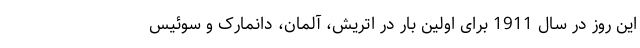
این روز در سال 1911 برای اولین بار در اتریش، آلمان، دانمارک و سوئیس